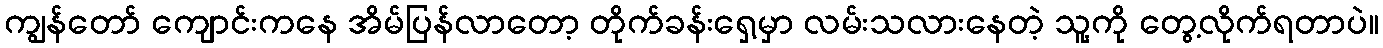
ကျွန်တော် ကျောင်းကနေ အိမ်ပြန်လာတော့ တိုက်ခန်းရှေ့မှာ လမ်းသလားနေတဲ့ သူ့ကို တွေ့လိုက်ရတာပဲ။